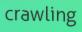
crawling